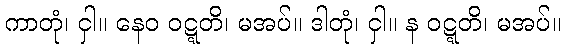
ကာတုံ၊ ငှါ။ နေဝ ဝဋ္ဋတိ၊ မအပ်။ ဒါတုံ၊ ငှါ။ န ဝဋ္ဋတိ၊ မအပ်။